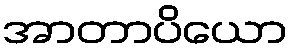
အာတာပိယော